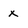
Character: x